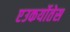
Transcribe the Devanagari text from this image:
एउकर्योतेस